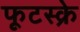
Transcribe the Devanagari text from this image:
फूटस्क्रे